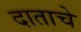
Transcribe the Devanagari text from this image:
दाताचे